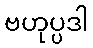
ဗဟုပ္ပဒါ